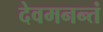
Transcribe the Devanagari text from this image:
देवमनन्तं